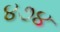
૪૭૪